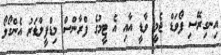
އިނގިރޭސި ފޯވަޑް ޖެމީ ވާޑީ އާއި އެ ޓީމުގެ ފްރާންސް މިޑްފީލްޑަރު އެންގޯލޯ